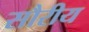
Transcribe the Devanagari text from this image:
सौरीय